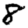
Digit: 8